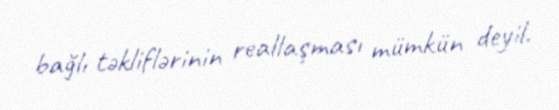
bağlı təkliflərinin reallaşması mümkün deyil.